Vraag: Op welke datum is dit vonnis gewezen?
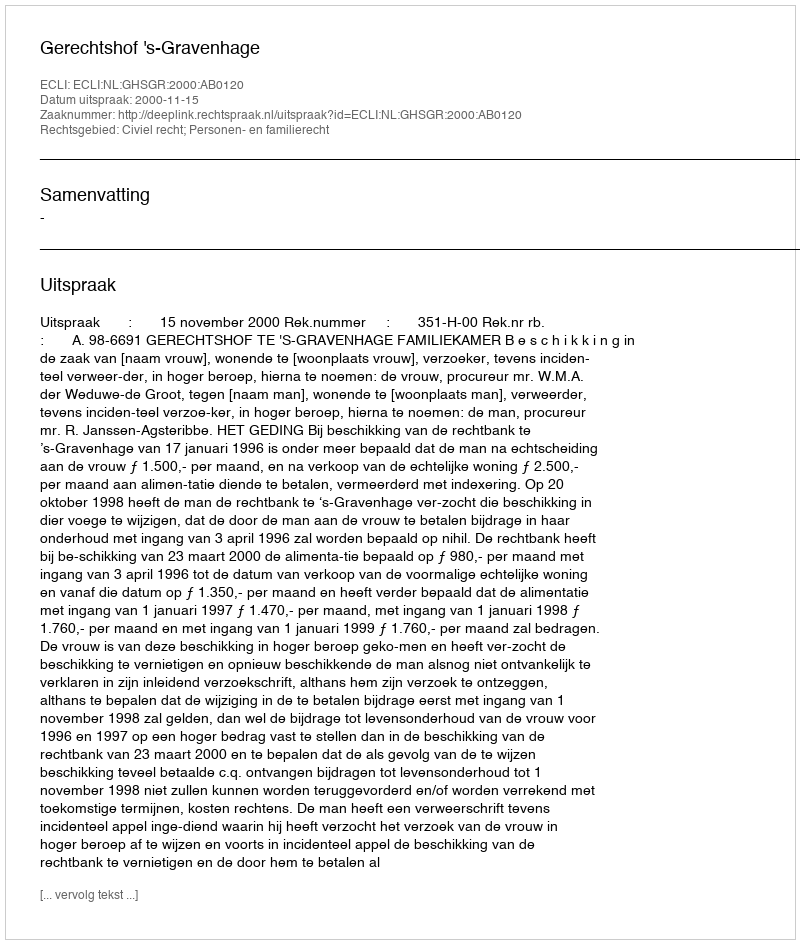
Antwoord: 2000-11-15